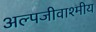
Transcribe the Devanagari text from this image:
अल्पजीवाश्मीय